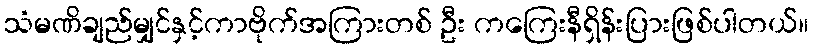
သံမဏိချည်မျှင်နှင့်ကာဗိုက်အကြားတစ် ဦး ကကြေးနီရှိန်းပြားဖြစ်ပါတယ်။